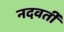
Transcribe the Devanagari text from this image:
नदवर्ती